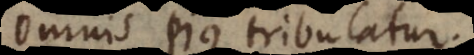
Omnis pius tribulatur.